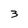
Character: 3